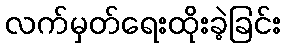
လက်မှတ်ရေးထိုးခဲ့ခြင်း